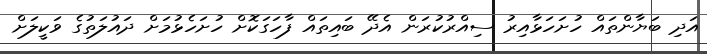
އަދި ބަޔާންތައް ހުށަހަޅާއިރު ސިއްރުކުރަން އެދޭ ބައިތައް ފާހަގަކޮށް ހުށަހެޅުމަށް ދައުލަތުގެ ވަކީލަށް